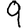
Digit: 9